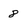
Character: 8